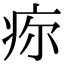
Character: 𤵜